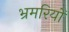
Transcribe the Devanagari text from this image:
भ्रमरियों